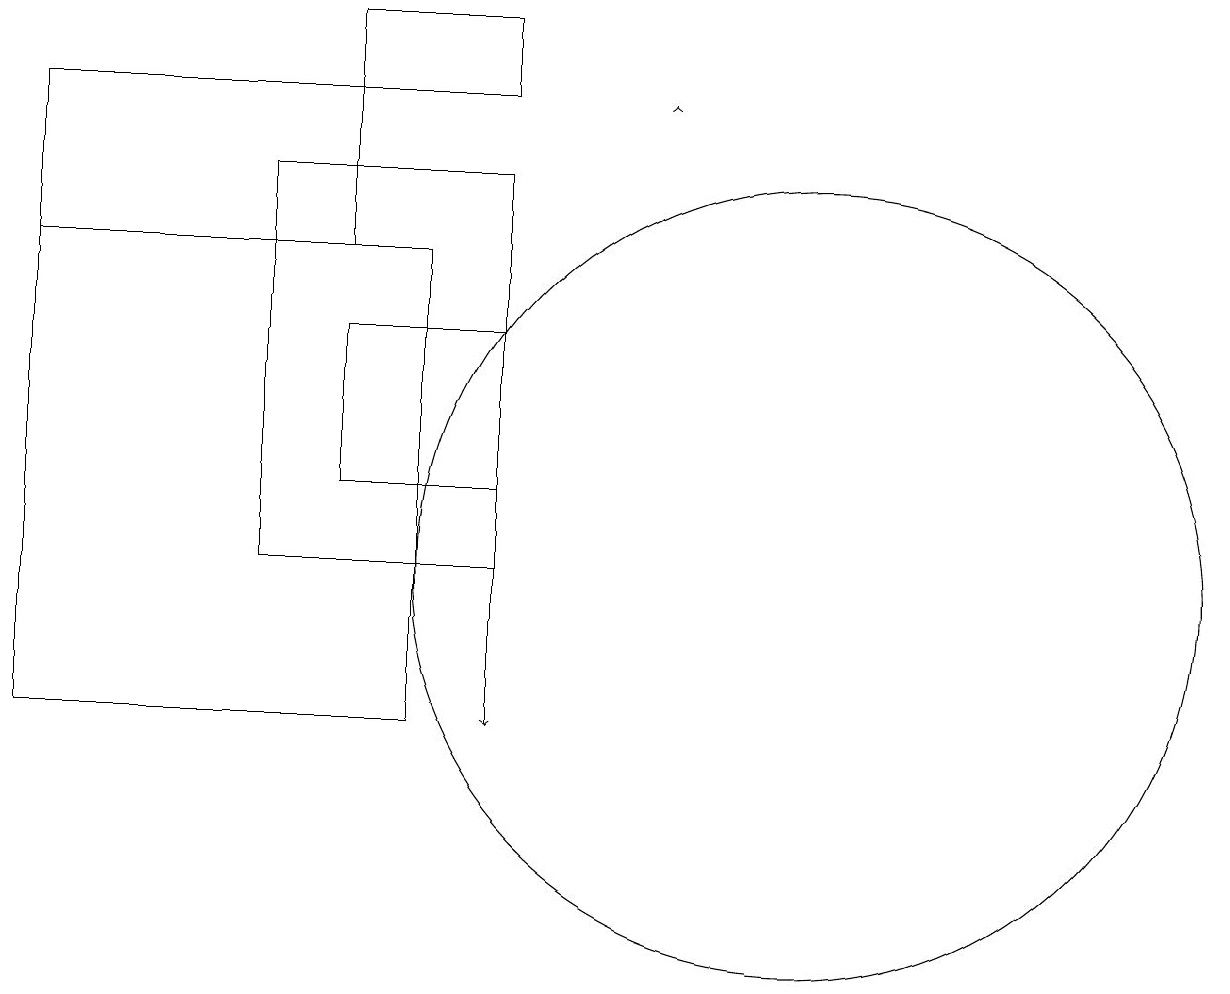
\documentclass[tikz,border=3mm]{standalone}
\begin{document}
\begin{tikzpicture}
\draw (6,18) rectangle (4,19);
\draw (6,17) rectangle (3,12);
\draw[->] (6,14) -- (6,10);
\draw (4,18) rectangle (0,16);
\draw (0,10) rectangle (5,16);
\draw[->] (8,18) -- (8,18);
\draw (10,12) circle (5);
\draw (6,15) rectangle (4,13);
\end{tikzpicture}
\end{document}